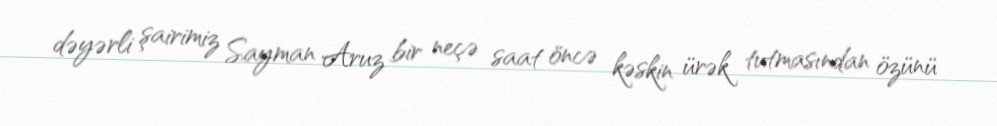
dəyərli şairimiz Sayman Aruz bir neçə saat öncə kəskin ürək tutmasından özünü